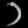
Digit: ၁